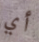
أي